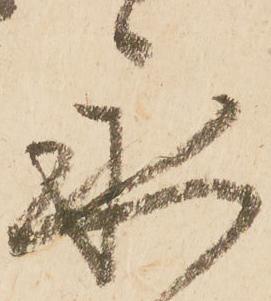
永